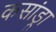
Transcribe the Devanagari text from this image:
कसांड्रा